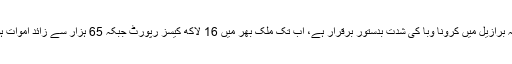
یاد رہے کہ برازیل میں کرونا وبا کی شدت بدستور برقرار ہے، اب تک ملک بھر میں 16 لاکھ کیسز رپورٹ جبکہ 65 ہزار سے زائد اموات ہوچکی ہیں۔